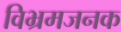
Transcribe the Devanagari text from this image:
विभ्रमजनक